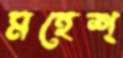
মহেশ্